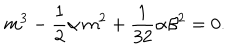
m ^ { 3 } - \frac { 1 } { 2 } \alpha \, m ^ { 2 } + \frac { 1 } { 3 2 } \alpha \beta ^ { 2 } = 0 .